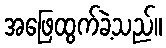
အဖြေထွက်ခဲ့သည်။